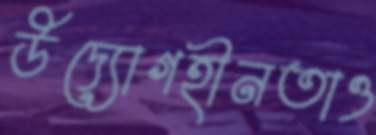
উদ্যোগহীনতাও